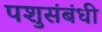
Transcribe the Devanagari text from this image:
पशुसंबंधी